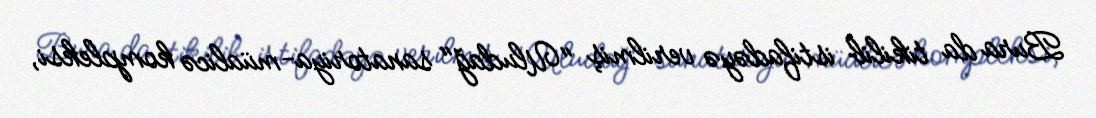
Bura da tikilib istifadəyə verilmiş "Uludağ" sanatoriya-müalicə kompleksi,